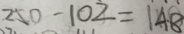
2 5 0 - 1 0 2 = 1 4 8